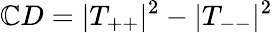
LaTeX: \mathbb{C}D=|T_{++}|^{2}-|T_{--}|^{2}